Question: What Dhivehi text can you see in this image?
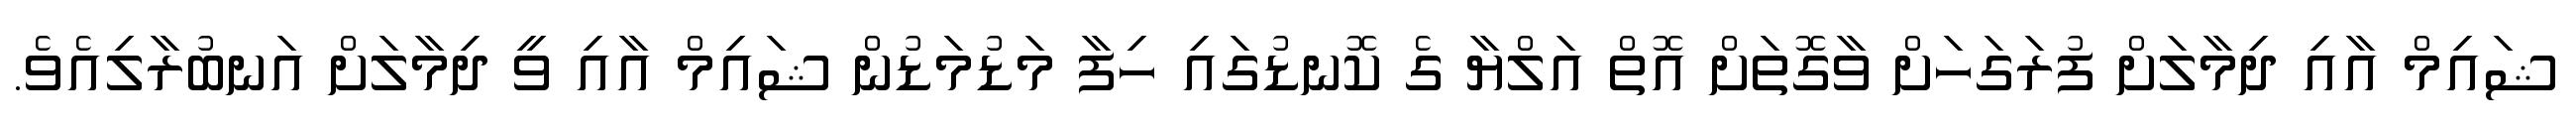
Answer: ޝައިމް އާއި ދިމާލަށް ފުރަގަހަށް ވާގޮތަށް އޮތް އަލްޔާ ގެ ކޮނޑުގައި ހިފާ މަޑުމަޑުން ޝައިމް އާއި ވީ ދިމާލަށް އަނބުރާލިއެވެ.